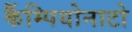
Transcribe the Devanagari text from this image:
कैंम्पियोनाटो